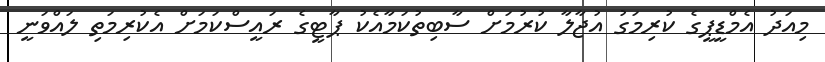
މިއަދު އެމްޑީޕީގެ ކުރިމަގު އުޖާލާ ކުރުމަށް ސާބިތުކަމާއެކު ޕާޓީގެ ރައީސްކަމަށް އެކުރިމަތި ލައްވަނީ